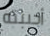
أحببته